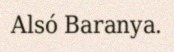
Alsó Baranya.